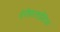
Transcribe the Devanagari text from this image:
इंसेफ़लाईटिस